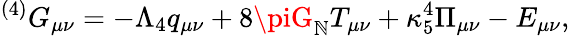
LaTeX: {}^{(4)}G_{\mu\nu}=-\Lambda_{4}q_{\mu\nu}+8\piG_{\mathbb{N}}T_{\mu\nu}+\kappa_{5}^{4}\Pi_{\mu\nu}-E_{\mu\nu},